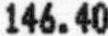
146.40